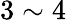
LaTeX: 3\sim 4